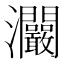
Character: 𤅾